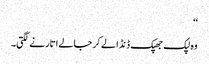
‘‘
وہ لپک جھپک ڈنڈا لے کر جالے اتارنے لگتی۔